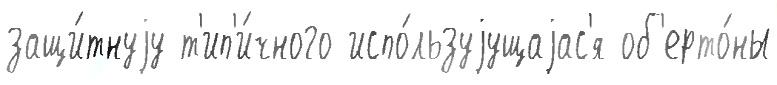
защи́тнуjу т'ип'и́чного испо́льзуjущаjас'я об'ерто́ны